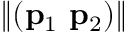
\| ( \mathbf { p } _ { 1 } ~ \mathbf { p } _ { 2 } ) \|